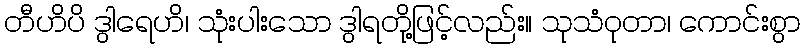
တီဟိပိ ဒွါရေဟိ၊ သုံးပါးသော ဒွါရတို့ဖြင့်လည်း။ သုသံဝုတာ၊ ကောင်းစွာ